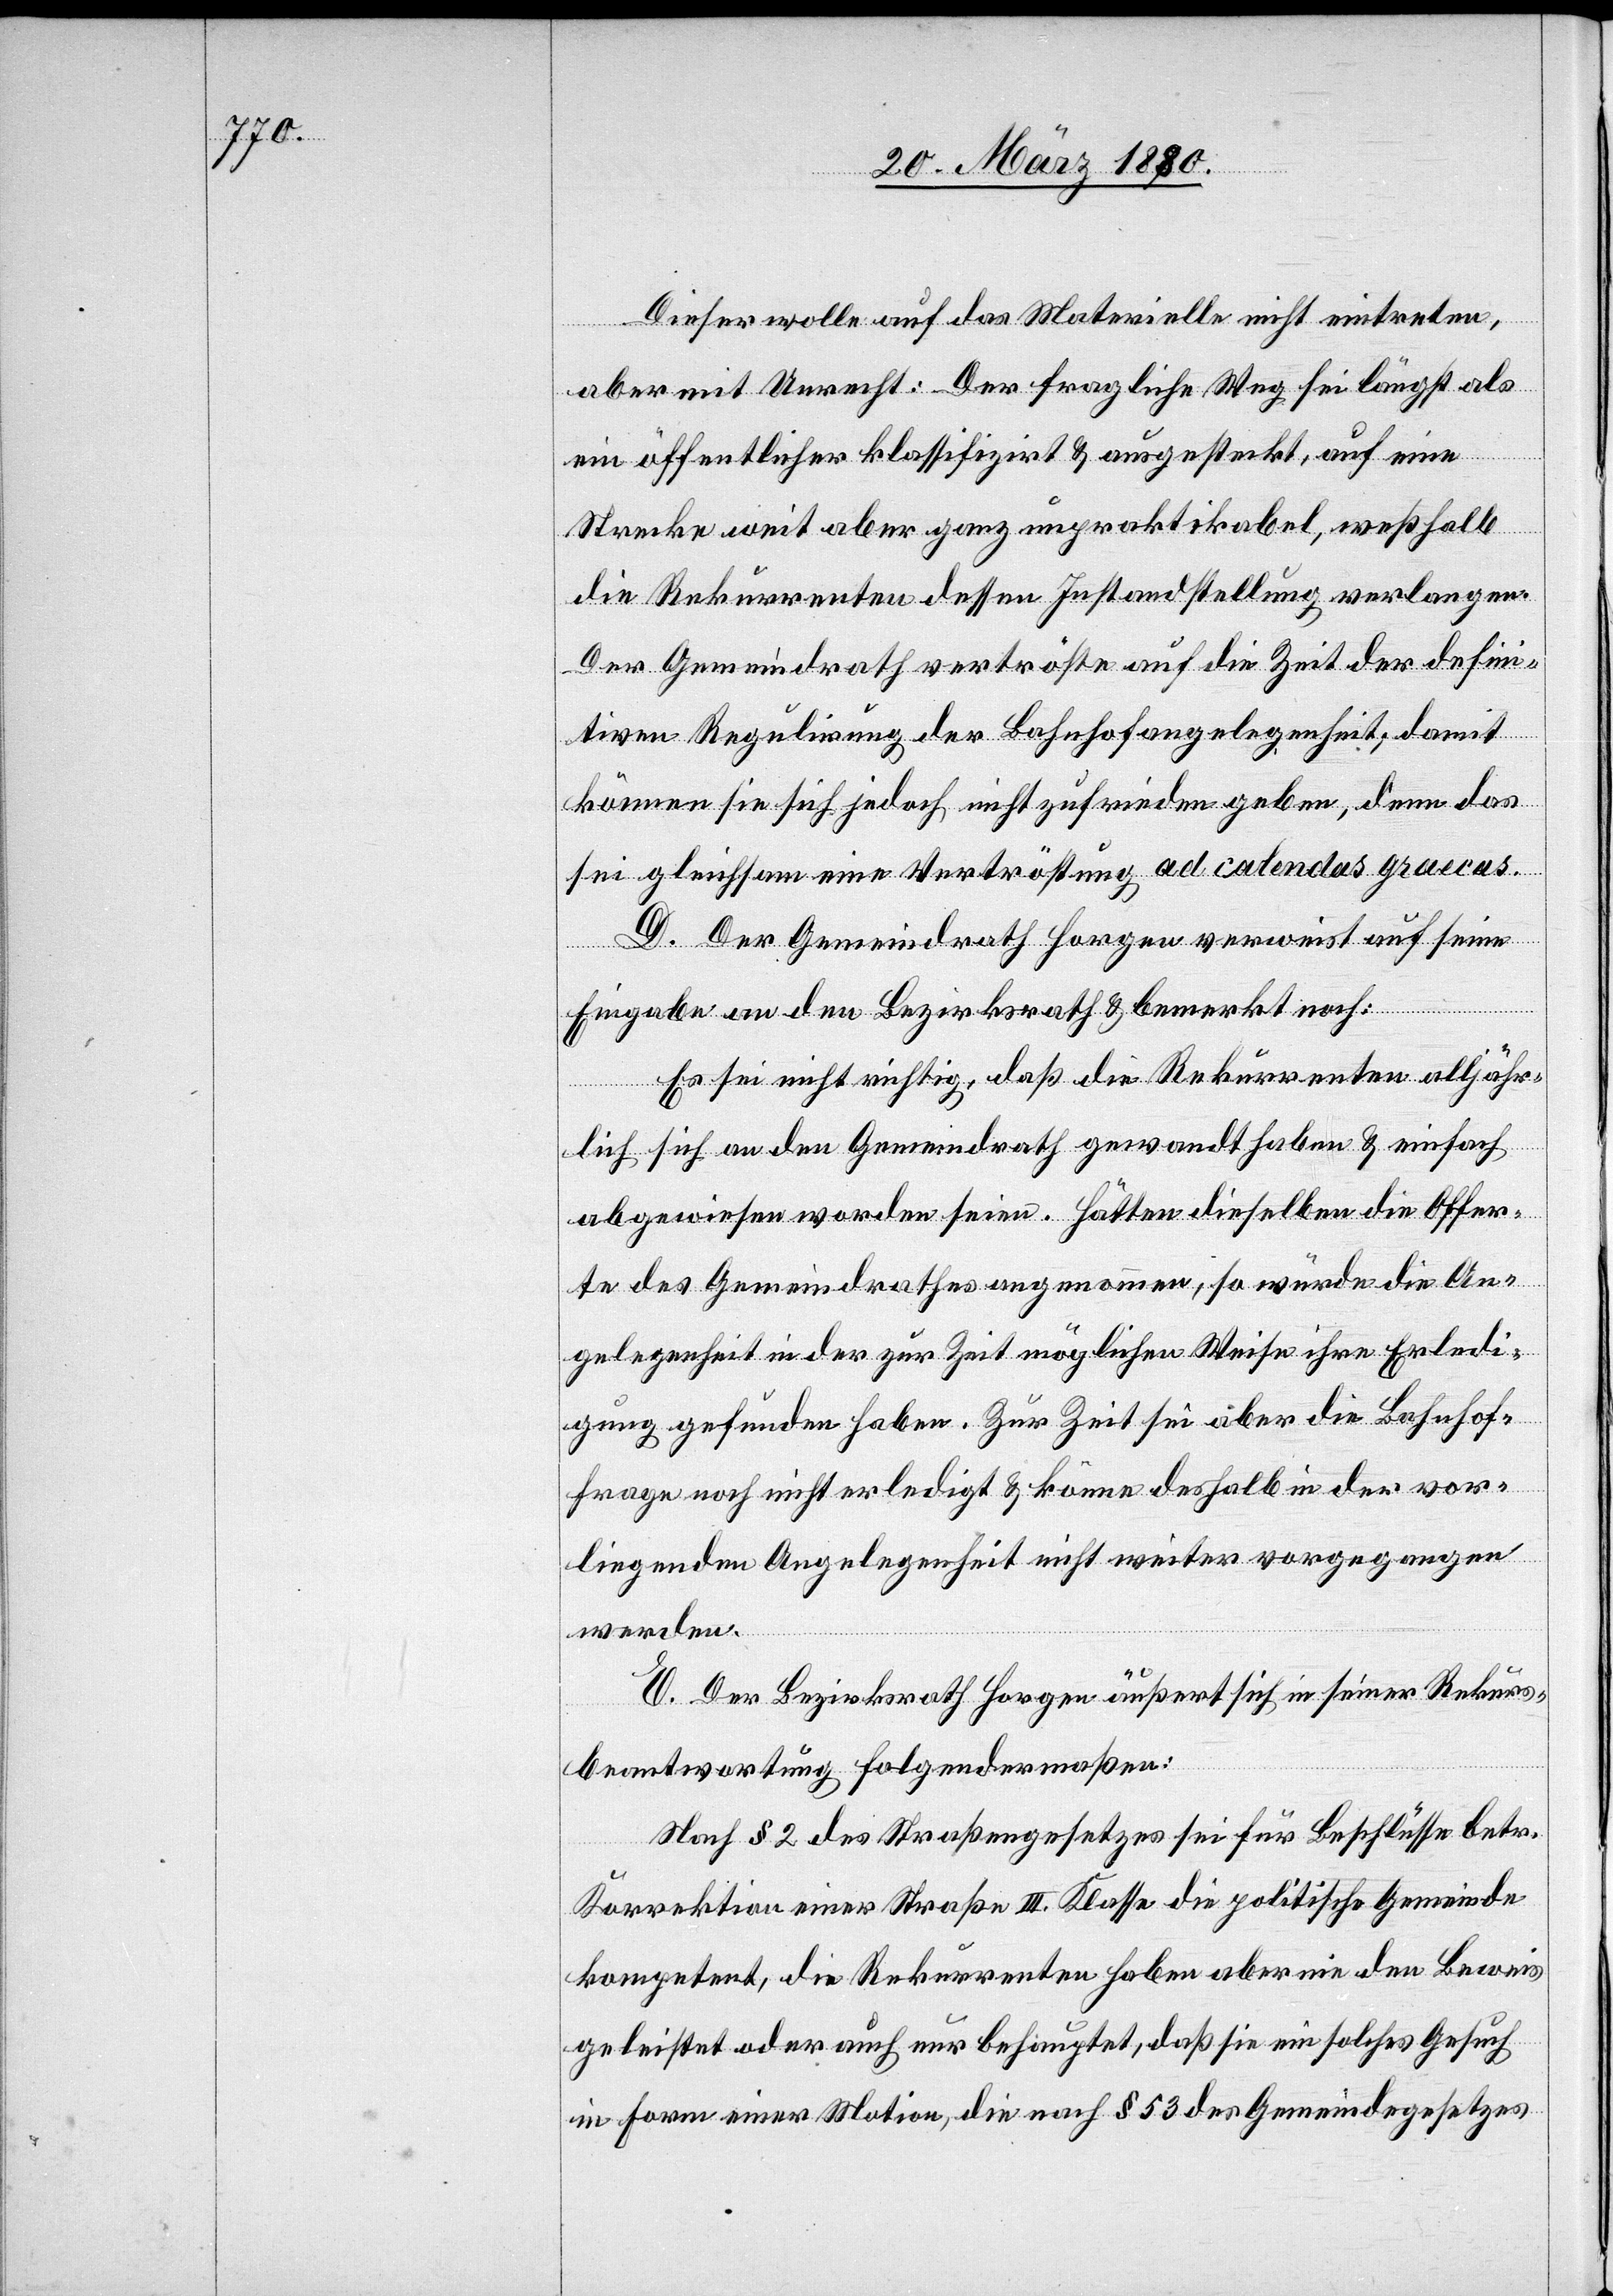
Dieser wolle auf das Materielle nicht eintreten,
aber mit Unrecht: Der fragliche Weg sei längst als
ein öffentlicher klassifizirt & ausgesteckt, auf eine
Strecke weit aber ganz unpraktikabel, weßhalb
die Rekurrenten dessen Instandsetzung verlangen.
Der Gemeindrath vertröste auf die Zeit der defini¬
tiven Regulirung der Bahnhofangelegenheit; damit
können sie sich jedoch nicht zufrieden geben, denn das
sei gleichsam eine Verströstung ad calendas graecas.
D. Der Gemeindrath Horgen verweist auf seine
Eingabe an den Bezirksrath & bemerkt noch:
Es sei nicht richtig, daß die Rekurrenten alljähr¬
lich sich an den Gemeindrath gewandt haben & einfach
abgewiesen worden seien. Hätten dieselben die Offer¬
te des Gemeindrathes angenommen, so würde die An¬
gelegenheit in der zur Zeit möglichen Weise ihre Erledi¬
gung gefunden haben. Zur Zeit sei aber die Bahnhof¬
frage noch nicht erledigt & könne deshalb in der vor¬
liegenden Angelegenheit nicht weiter vorgegangen
werden.
E. Der Bezirksrath Horgen äußert sich in seiner Rekurs¬
beantwortung folgendermaßen:
Nach § 2 des Straßengesetzes sei für Beschlüsse betr.
Korrektion einer Straße III. Klasse die politische Gemeinde
kompetent, die Rekurrenten haben aber nie den Beweis
geleistet oder auch nur behauptet, daß sie ein solches Gesuch
in Form einer Motion, die nach § 53 des Gemeindegesetzes